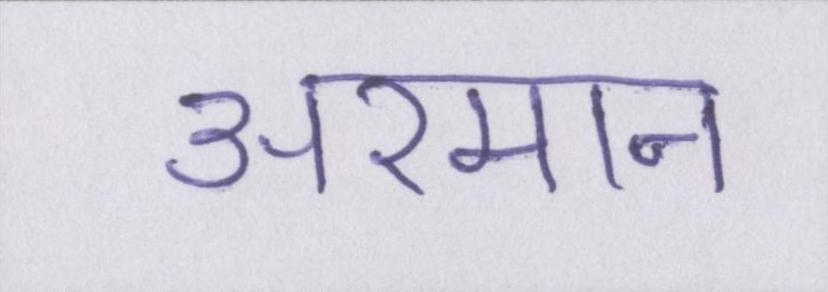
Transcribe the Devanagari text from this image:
अरमान